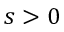
s > 0